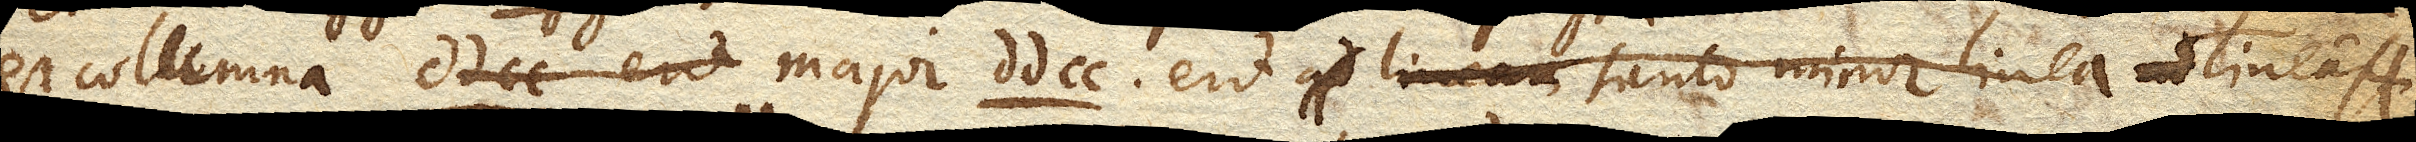
est columna major dd cc. erit tanto minor linea